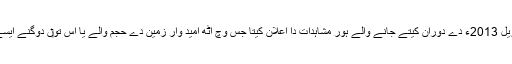
6 جنوری 2015ء وچ ناسا نے مئی 2009ء تو‏ں اپریل 2013ء دے دوران کیتے جانے والے ہور مشاہدات دا اعلان کیتا جس وچ اٹھ امید وار زمین دے حجم والے یا اس تو‏ں دوگنے ایسے سن جو قبل سکونت علاقے وچ چکر لگیا رہے سن ۔